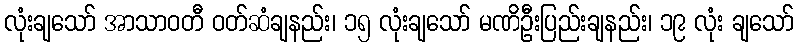
လုံးချသော် အာသာဝတီ ဝတ်ဆံချနည်း၊ ၁၅ လုံးချသော် မဏိဦးပြည်းချနည်း၊ ၁၉ လုံး ချသော်